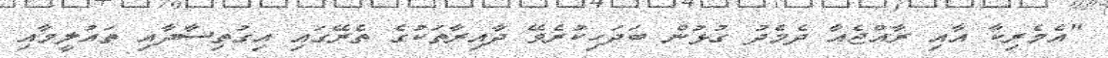
"އެމެރިކާ އާއި ރާއްޖެއާ ދެމެދު ގުޅުން ބަދަހިކުރެވޭ ދާއިރާތަކުގެ ތެރޭގައި އިގުތިސާދާއި ތައުލީމާއި